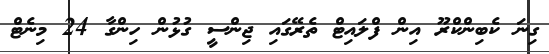
ގިނަ ކެބިންކްރޫ އިން ފްލައިޓް ތެރޭގައި ޖިންސީ ގުޅުން ހިންގާ 24 މިނެޓް